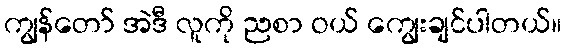
ကျွန်တော် အဲဒီ လူကို ညစာ ဝယ် ကျွေးချင်ပါတယ်။